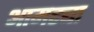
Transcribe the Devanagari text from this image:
आमट्या